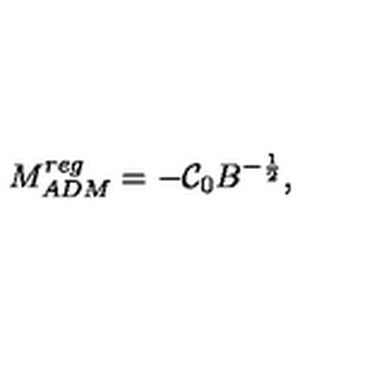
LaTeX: M _ { A D M } ^ { r e g } = - \mathcal { C } _ { 0 } B ^ { - \frac { 1 } { 2 } } ,